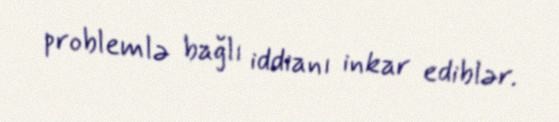
problemlə bağlı iddianı inkar ediblər.